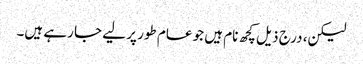
لیکن، درج ذیل کچھ نام ہیں جو عام طور پر لیے جا رہے ہیں۔